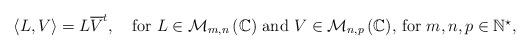
LaTeX: \begin{align*}\left<L, V\right>=L\overline{V}^{t},\quad\mbox{for $L \in \mathcal{M}_{m,n}\left(\mathbb{C}\right)$ and $V \in \mathcal{M}_{n,p}\left(\mathbb{C}\right)$, for $m,n,p\in\mathbb{N}^{\star}$,} \end{align*}